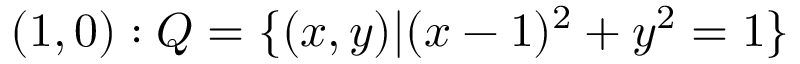
( 1 , 0 ) : Q = \{ ( x , y ) | ( x - 1 ) ^ { 2 } + y ^ { 2 } = 1 \}